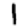
Digit: 1